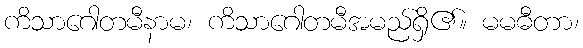
ကိသာဂေါတမီနာမ၊ ကိသာဂေါတမီအမည်ရှိ၏။ မမဓီတာ၊